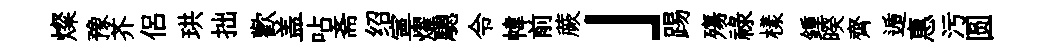
燦豫芥侣珙拙歡盖呫斋绍寕燿驄令幃前蕨」踢殤禄樣鍾暌齊遁惠污圆